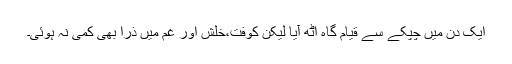
ایک دن میں چپکے سے قیام گاہ اٹھ آیا لیکن کوفت،خلش اور غم میں ذرا بھی کمی نہ ہوئی۔